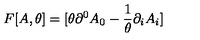
F [ A , \theta ] = [ \theta \partial ^ { 0 } A _ { 0 } - \frac { 1 } { \theta } \partial _ { i } A _ { i } ]